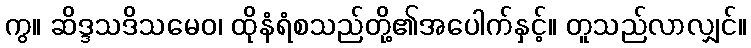
ကွ။ ဆိဒ္ဒသဒိသမေဝ၊ ထိုနံရံစသည်တို့၏အပေါက်နှင့်။ တူသည်လာလျှင်။